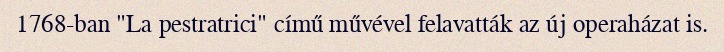
1768-ban "La pestratrici" című művével felavatták az új operaházat is.